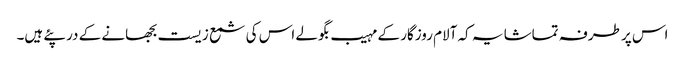
اس پر طرفہ تماشا یہ کہ آلام روزگار کے مہیب بگولے اس کی شمع زیست بجھانے کے در پئے ہیں۔